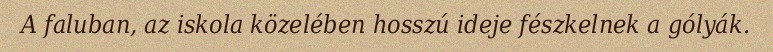
A faluban, az iskola közelében hosszú ideje fészkelnek a gólyák.